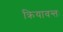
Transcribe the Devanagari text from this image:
क्रियावन्तः